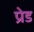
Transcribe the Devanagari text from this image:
प्रेड